Annual administration report of the Civil Veterinary Department, Sind - 1938-1939
Year: 1938
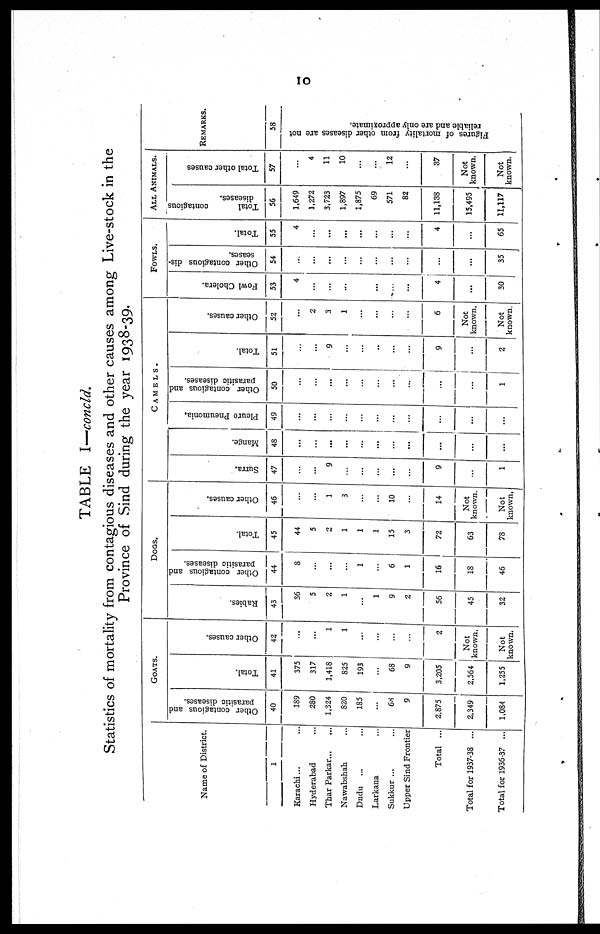
10
TABLE I—concld.
Statistics of mortality from contagious diseases and other causes among Live-stock in the
Province of Sind during the year 1938-39.
Name of District.
1
Karachi ... ...
Hyderabad ...
Thar Parkar ... ...
Nawabshah ...
Dadu ... ...
Larkana ...
Sukkur ...
Upper Sind Frontier
Total ...
Total for 1937-38 ...
Total for 1936-37 ...
GOATS.
Other contagious and
parasitic diseases.
40
189
280
1,324
820
185
...
68
9
2,875
2,349
1,084
Total.
41
375
317
1,418
825
193
...
68
9
3,205
2,564
1,255
Other causes.
42
...
...
1
1
...
...
...
...
2
Not
known.
Not
known.
DOGS.
Rabies.
43
36
5
2
1
...
1
9
2
56
45
32
Other contagious and
parasitic diseases.
44
8
...
...
...
1
6
1
16
18
46
Total.
45
44
5
...
1
1
1
15
3
72
63
78
Other causes.
46
...
...
1
3
...
...
10
...
14
Not
known.
Not
known.
CAMELS.
Surra.
47
...
...
9
...
...
...
...
...
9
...
1
Mange.
48
...
...
...
...
...
...
...
...
...
...
...
Pleuro Pneumonia,
49
...
...
...
...
...
...
...
...
...
...
...
Other contagious and
parasitic diseases.
50
...
...
...
...
...
...
...
...
...
1
Total.
51
...
...
9
...
...
..
...
...
9
...
2
Other causes.
52
...
2
3
1
...
...
...
...
6
Not
known.
Not
known
FOWLS.
Fowl Cholera.
53
4
...
...
...
...
...
...
...
4
...
30
Other contagious dis-
seases.
54
...
...
...
...
...
...
...
...
...
35
Total.
55
4
...
...
...
...
...
...
...
4
...
65
ALL ANIMALS.
Total
contagious
diseases.
56
1,649
1,272
3,723
1,897
1,875
69
571
82
11,138
15,495
11,117
Total other causes
57
...
4
11
10
...
...
12
...
37
Not
known.
Not
known.
REMARKS.
58
Figures of mortality from other diseases are not
reliable and are only approximate.